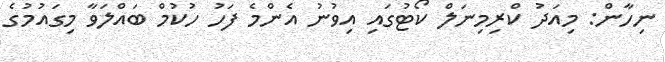
ނިހާން: މިއަދު ކްރިމިނަލް ކޯޓުގައި އިވުނު އެންމެ ފަހު ހުކުމް ބައްލަވާ މިގައުމުގެ